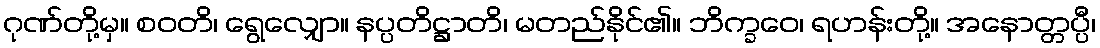
ဂုဏ်တို့မှ။ စဝတိ၊ ရွေလျှော။ နပ္ပတိဋ္ဌာတိ၊ မတည်နိုင်၏။ ဘိက္ခဝေ၊ ရဟန်းတို့။ အနောတ္တပ္ပီ၊